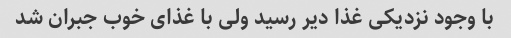
با وجود نزدیکی غذا دیر رسید ولی با غذای خوب جبران شد